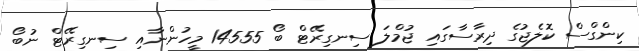
ކިންގްސް ކޮލެޖުގެ ދިރާސާގައި ޖުމްލަ ސިނގިރޭޓް ބޯ 14555 މީހުންނާއި ސިނގިރޭޓް ނުބޯ